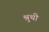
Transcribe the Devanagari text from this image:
श्रुथी